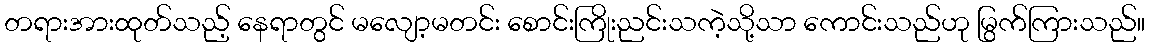
တရားအားထုတ်သည့် နေရာတွင် မလျော့မတင်း စောင်းကြိုးညင်းသကဲ့သို့သာ ကောင်းသည်ဟု မြွက်ကြားသည်။